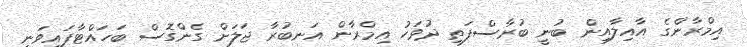
އިމްރާންގެ އާއިލާއިން ބުނީ ބުރާސްފަތި ދުވަހު އިމްރާން އަނބުރާ ޖަލަށް ގެންގޮސް ބަހައްޓާފައިވަނީ